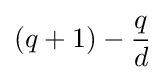
(q+1)-{\frac {q}{d}}